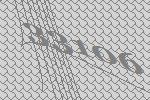
33106